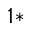
^ { 1 \ast }